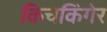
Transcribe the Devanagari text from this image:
किचकिंगेर